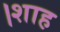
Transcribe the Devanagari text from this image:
।शाह